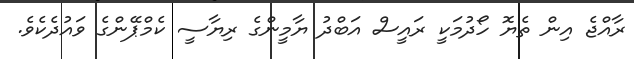
ރާއްޖެ އިން ތެޔޮ ހޯދުމަކީ ރައީސް އަބްދު ޔާމީންގެ ރިޔާސީ ކެމްޕޭންގެ ވައުދެކެވެ.